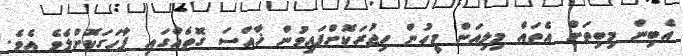
އެބިން މިބިތަށް އެތައް މިލިއަން މީހުން ހިޖުރަކޮށްފައިވުން ޚާއްސަ ގޮތެއްގައި ފާހަގަކޮށްލެވެ އެވެ.